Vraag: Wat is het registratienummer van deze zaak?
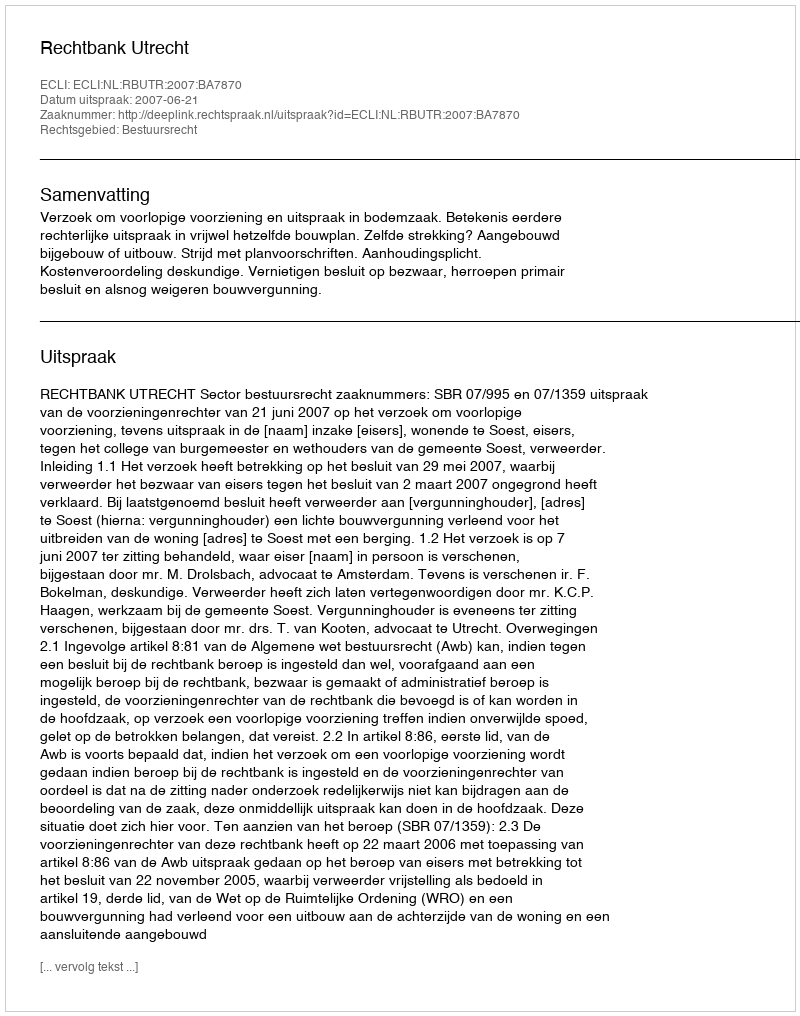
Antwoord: http://deeplink.rechtspraak.nl/uitspraak?id=ECLI:NL:RBUTR:2007:BA7870